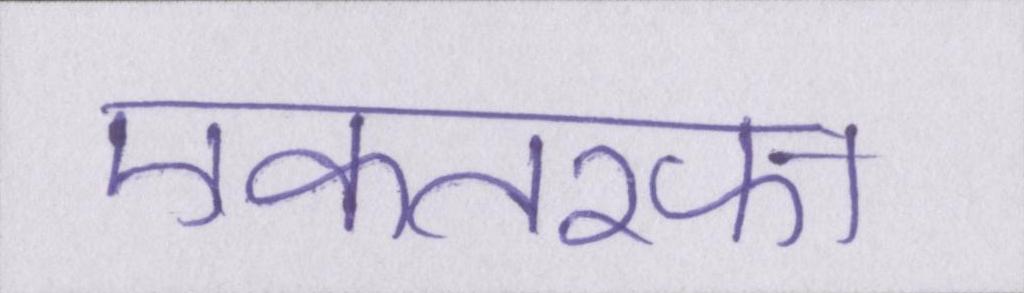
एकतरफा